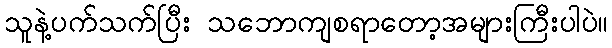
သူနဲ့ပက်သက်ပြီး သဘောကျစရာတော့အများကြီးပါပဲ။